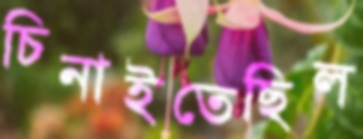
চিনাইতেছিল